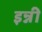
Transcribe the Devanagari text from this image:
इन्नी